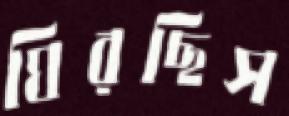
ঘিরছিস